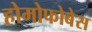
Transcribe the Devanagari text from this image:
होमोफोबेस